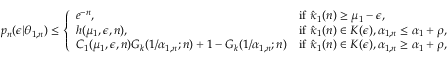
\begin{array} { r } { p _ { n } ( \epsilon | \theta _ { 1 , n } ) \leq \left\{ \begin{array} { l l } { e ^ { - n } , } & { \mathrm { i f } ~ \hat { \kappa } _ { 1 } ( n ) \geq \mu _ { 1 } - \epsilon , } \\ { h ( \mu _ { 1 } , \epsilon , n ) , } & { \mathrm { i f } ~ \hat { \kappa } _ { 1 } ( n ) \in K ( \epsilon ) , \alpha _ { 1 , n } \leq \alpha _ { 1 } + \rho , } \\ { C _ { 1 } ( \mu _ { 1 } , \epsilon , n ) G _ { k } ( 1 / \alpha _ { 1 , n } ; n ) + 1 - G _ { k } ( 1 / \alpha _ { 1 , n } ; n ) } & { \mathrm { i f } ~ \hat { \kappa } _ { 1 } ( n ) \in K ( \epsilon ) , \alpha _ { 1 , n } \geq \alpha _ { 1 } + \rho , } \end{array} \right. } \end{array}